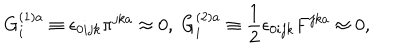
G _ { i } ^ { ( 1 ) a } \equiv \epsilon _ { 0 i j k } \pi ^ { j k a } \approx 0 , \; G _ { i } ^ { ( 2 ) a } \equiv \frac { 1 } { 2 } \epsilon _ { 0 i j k } F ^ { j k a } \approx 0 ,